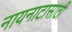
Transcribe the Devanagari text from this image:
नायनाटासाठी